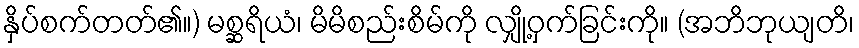
နှိပ်စက်တတ်၏။) မစ္ဆရိယံ၊ မိမိစည်းစိမ်ကို လျှို့ဝှက်ခြင်းကို။ (အဘိဘုယျတိ၊